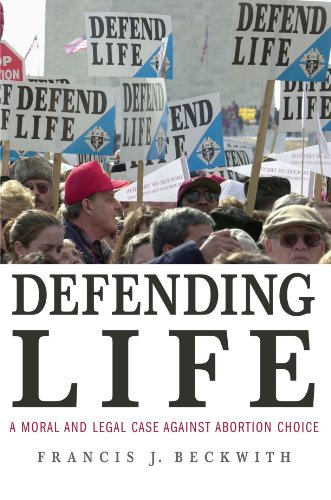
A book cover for Defending Life: A Moral and Legal Case Against Abortion Choice; Francis J. Beckwith; Politics & Social Sciences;